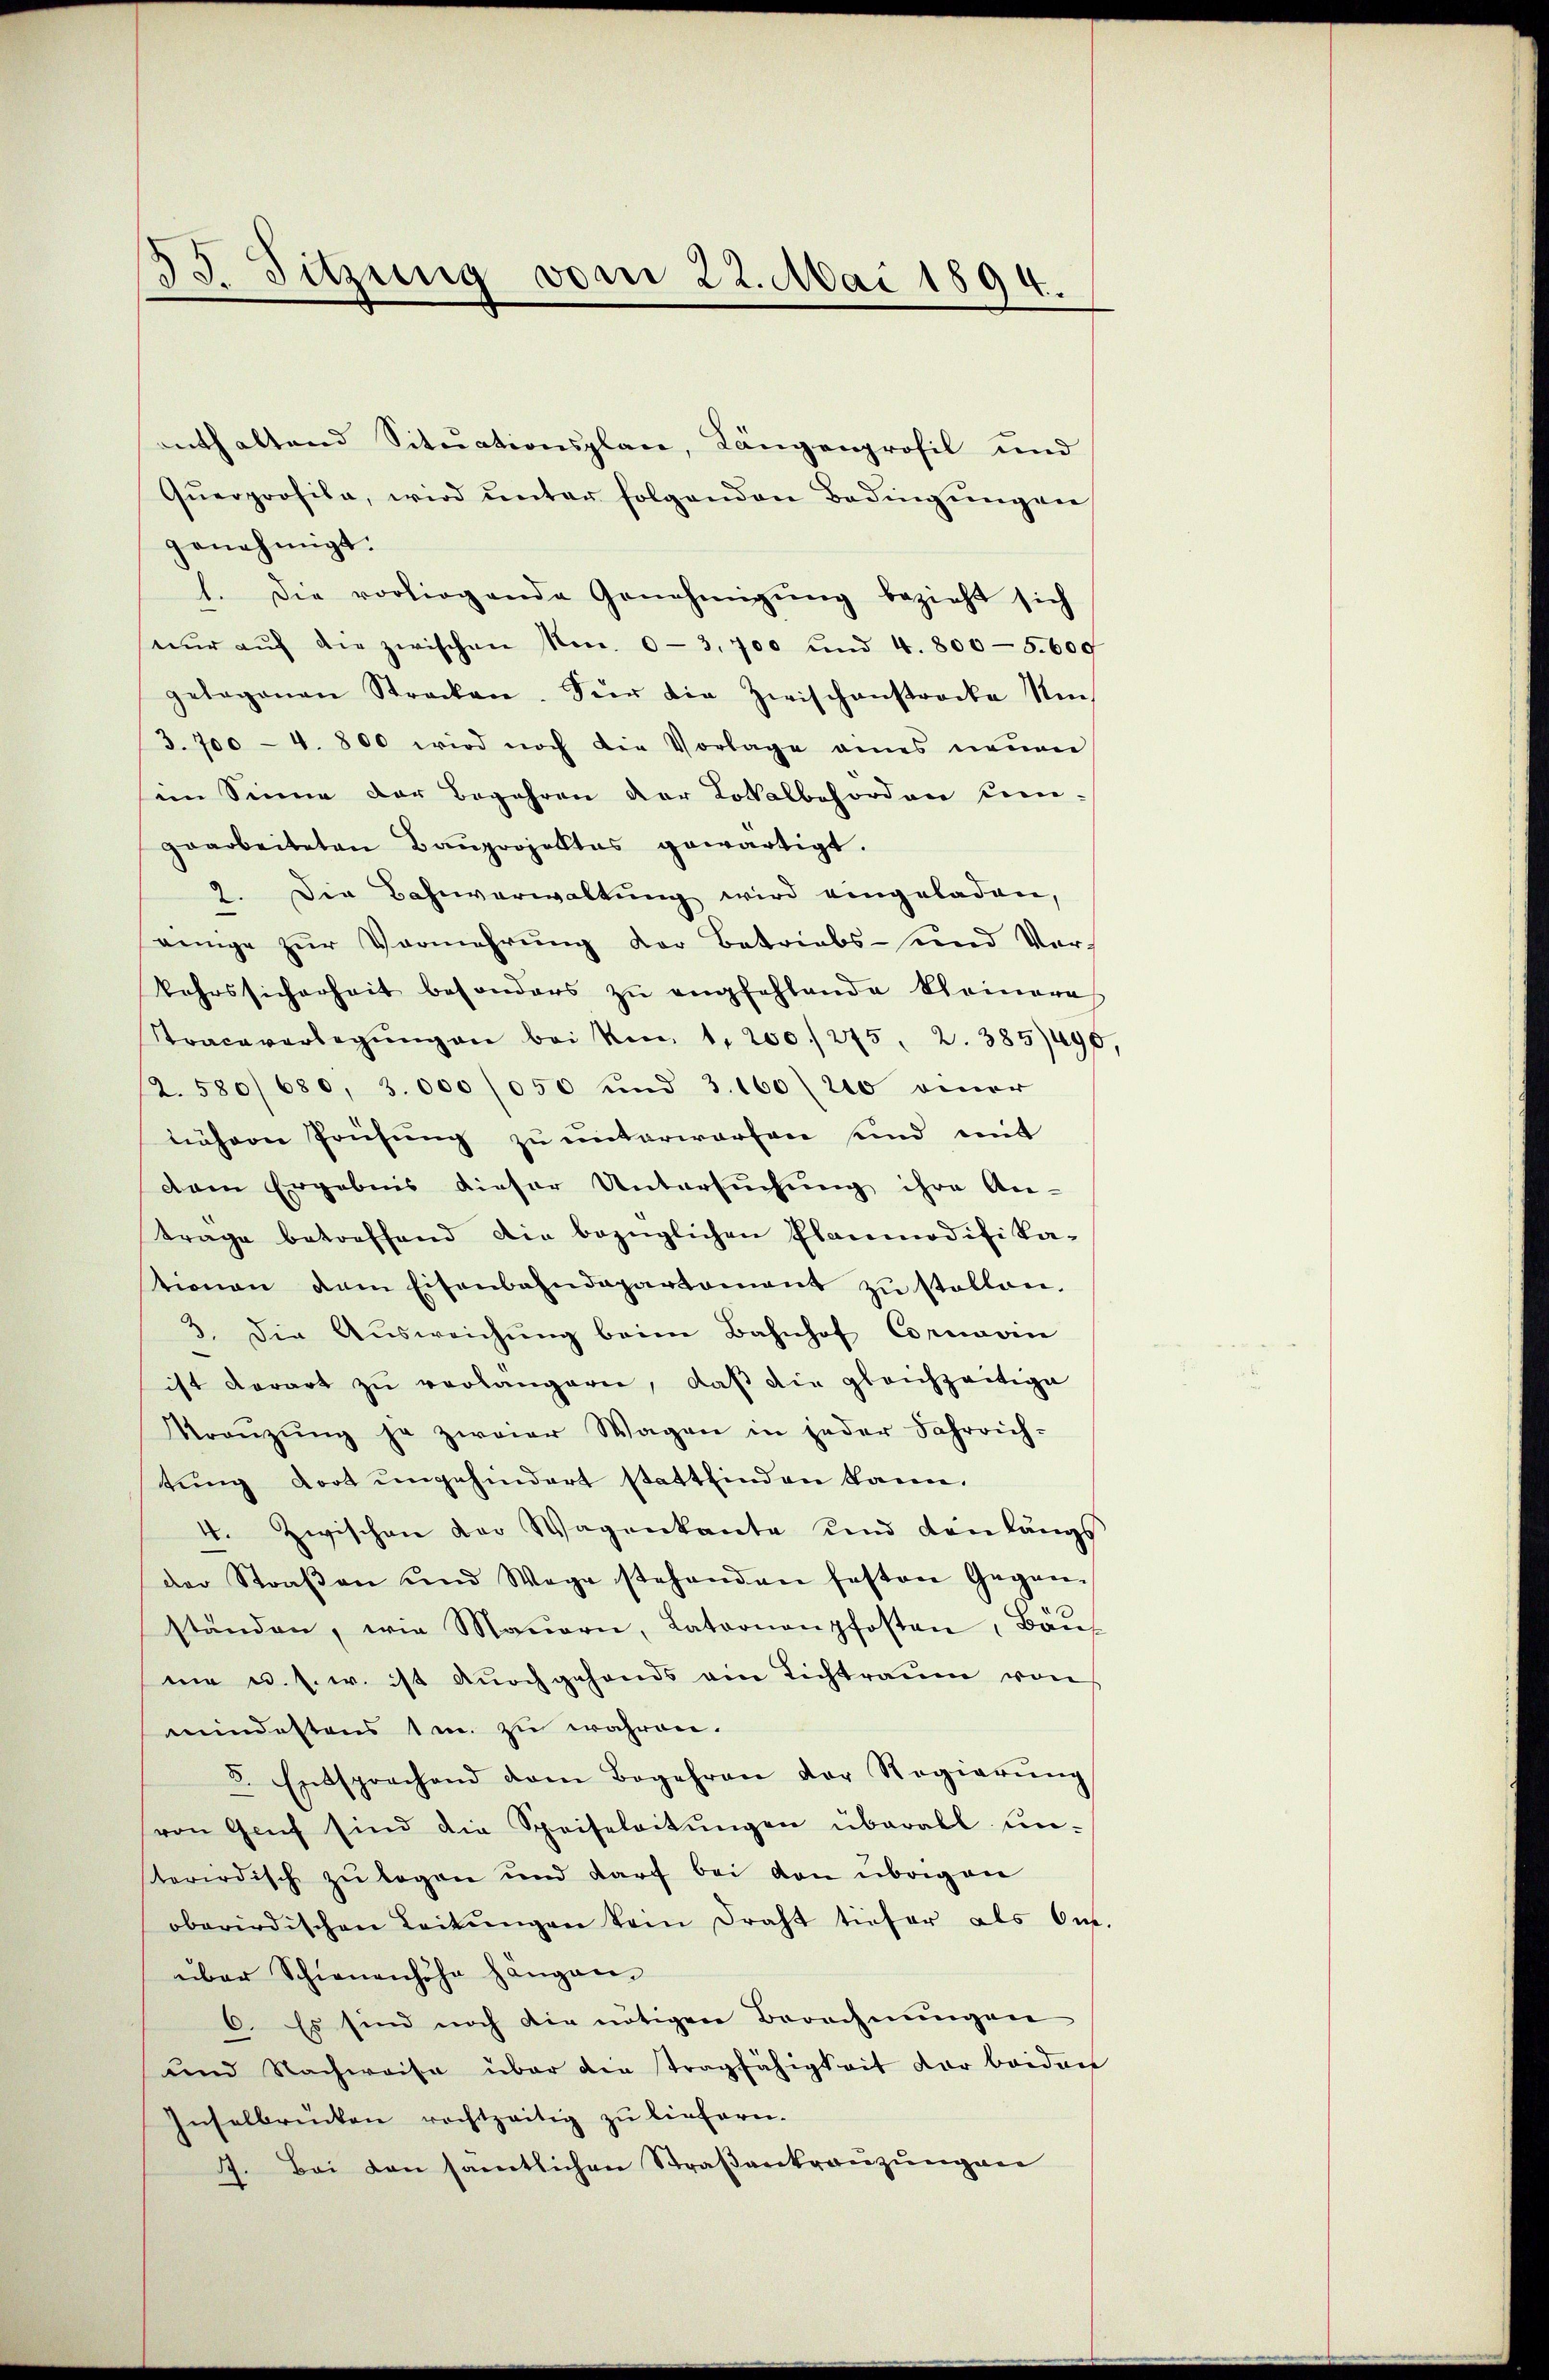
33. Sitzung vom 22. Mai 1894.

enthaltend Situationsplan, Längenprofil und
Qŭerprofila, wird ŭnter folgenden Bedingŭngen
genehmigt.
l. Die vorliegende Genehmigŭng bezieht sich
nŭr aŭf die zwischen Non. 0-3,700 und 4. 800-5.609
gelegenen Strecken. Vier die Zwischenstrecke Um
3. 700 - 4. 800 wird noch die Vorlage eines neŭen
im Sinne der Begehren der Lokalbehörden sein.
gearbeiteten Bauprojektes gewärtigt.
2. Die Bahnverwaltung wird eingeladen,
einge zŭr Vermehrŭng der Betriebs- und Verkehrssicherheit besonders zŭ empfehlende kleinere
Sracaverlegŭngen bei von 1,200/275. 2. 385490
2. 580/680, 3.000 /050 und 3. 160 / 20 einer
nähern Prüfung zu unterworfen und mit
dem Ergebnis dieser Untersuchung ihre An-
trage betreffend die bezüglichen Planmodifika-
tionen dem Eisenbahndepartament zŭ stellen.
3. Die Aŭsweichŭng beim Bahnhof Cornavin
ist derart zu verlangern, daß die gleichzeitige
Kreŭzŭng ja zweier Wagen in jeder Fahrrich-
tŭng dort ungehindert stattfinden kanne.
4. Zwischen der Wagenkante und den längs
der Straβen und Wege stehenden festen Gegen-
.
ständen, wie Maŭern, Latoonanpfosten, Ban
me u. s. w. ist durchgehends ein Lichtraum von
mindestens 1 m. zu wahren.
5. Entsprechend dem Begehren der Regierŭng
von Genf sind die Speiseleitungen überall un-
sterirdisch zŭ legen und darf bei von übrigen
oberirdischen Leitŭngen kein Draht tiefer als Om.
über Schienenhöhe hangen.
6. Es sind noch die nötigen Berechnungen
und Nachweise über die Tragfähigkeit der beiden
Inselbrücken rechtzeitig zu liefern.
7. Bei den samtlichen Straβenkranzungene